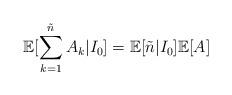
LaTeX: \begin{align*} \mathbb{E}[\sum_{k=1}^{\tilde{n}} A_k | I_0] = \mathbb{E}[\tilde{n}|I_0]\mathbb{E}[A]\end{align*}